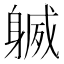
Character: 𨉧